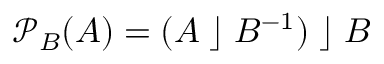
{ \mathcal { P } } _ { B } ( A ) = ( A \; \rfloor \; B ^ { - 1 } ) \; \rfloor \; B